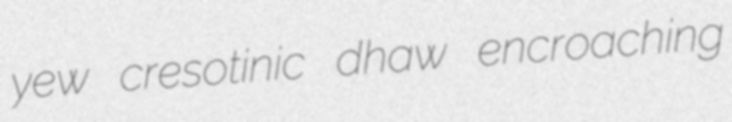
yew cresotinic dhaw encroaching